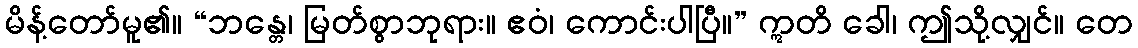
မိန့်တော်မူ၏။ “ဘန္တေ၊ မြတ်စွာဘုရား။ ဧဝံ၊ ကောင်းပါပြီ။” ဣတိ ခေါ၊ ဤသို့လျှင်။ တေ